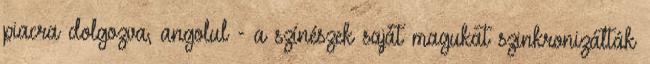
piacra dolgozva, angolul - a színészek saját magukat szinkronizálták